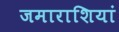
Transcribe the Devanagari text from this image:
जमाराशियां